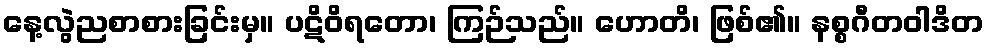
နေ့လွဲညစာစားခြင်းမှ။ ပဋိဝိရတော၊ ကြဉ်သည်။ ဟောတိ၊ ဖြစ်၏။ နစ္စဂီတဝါဒိတ